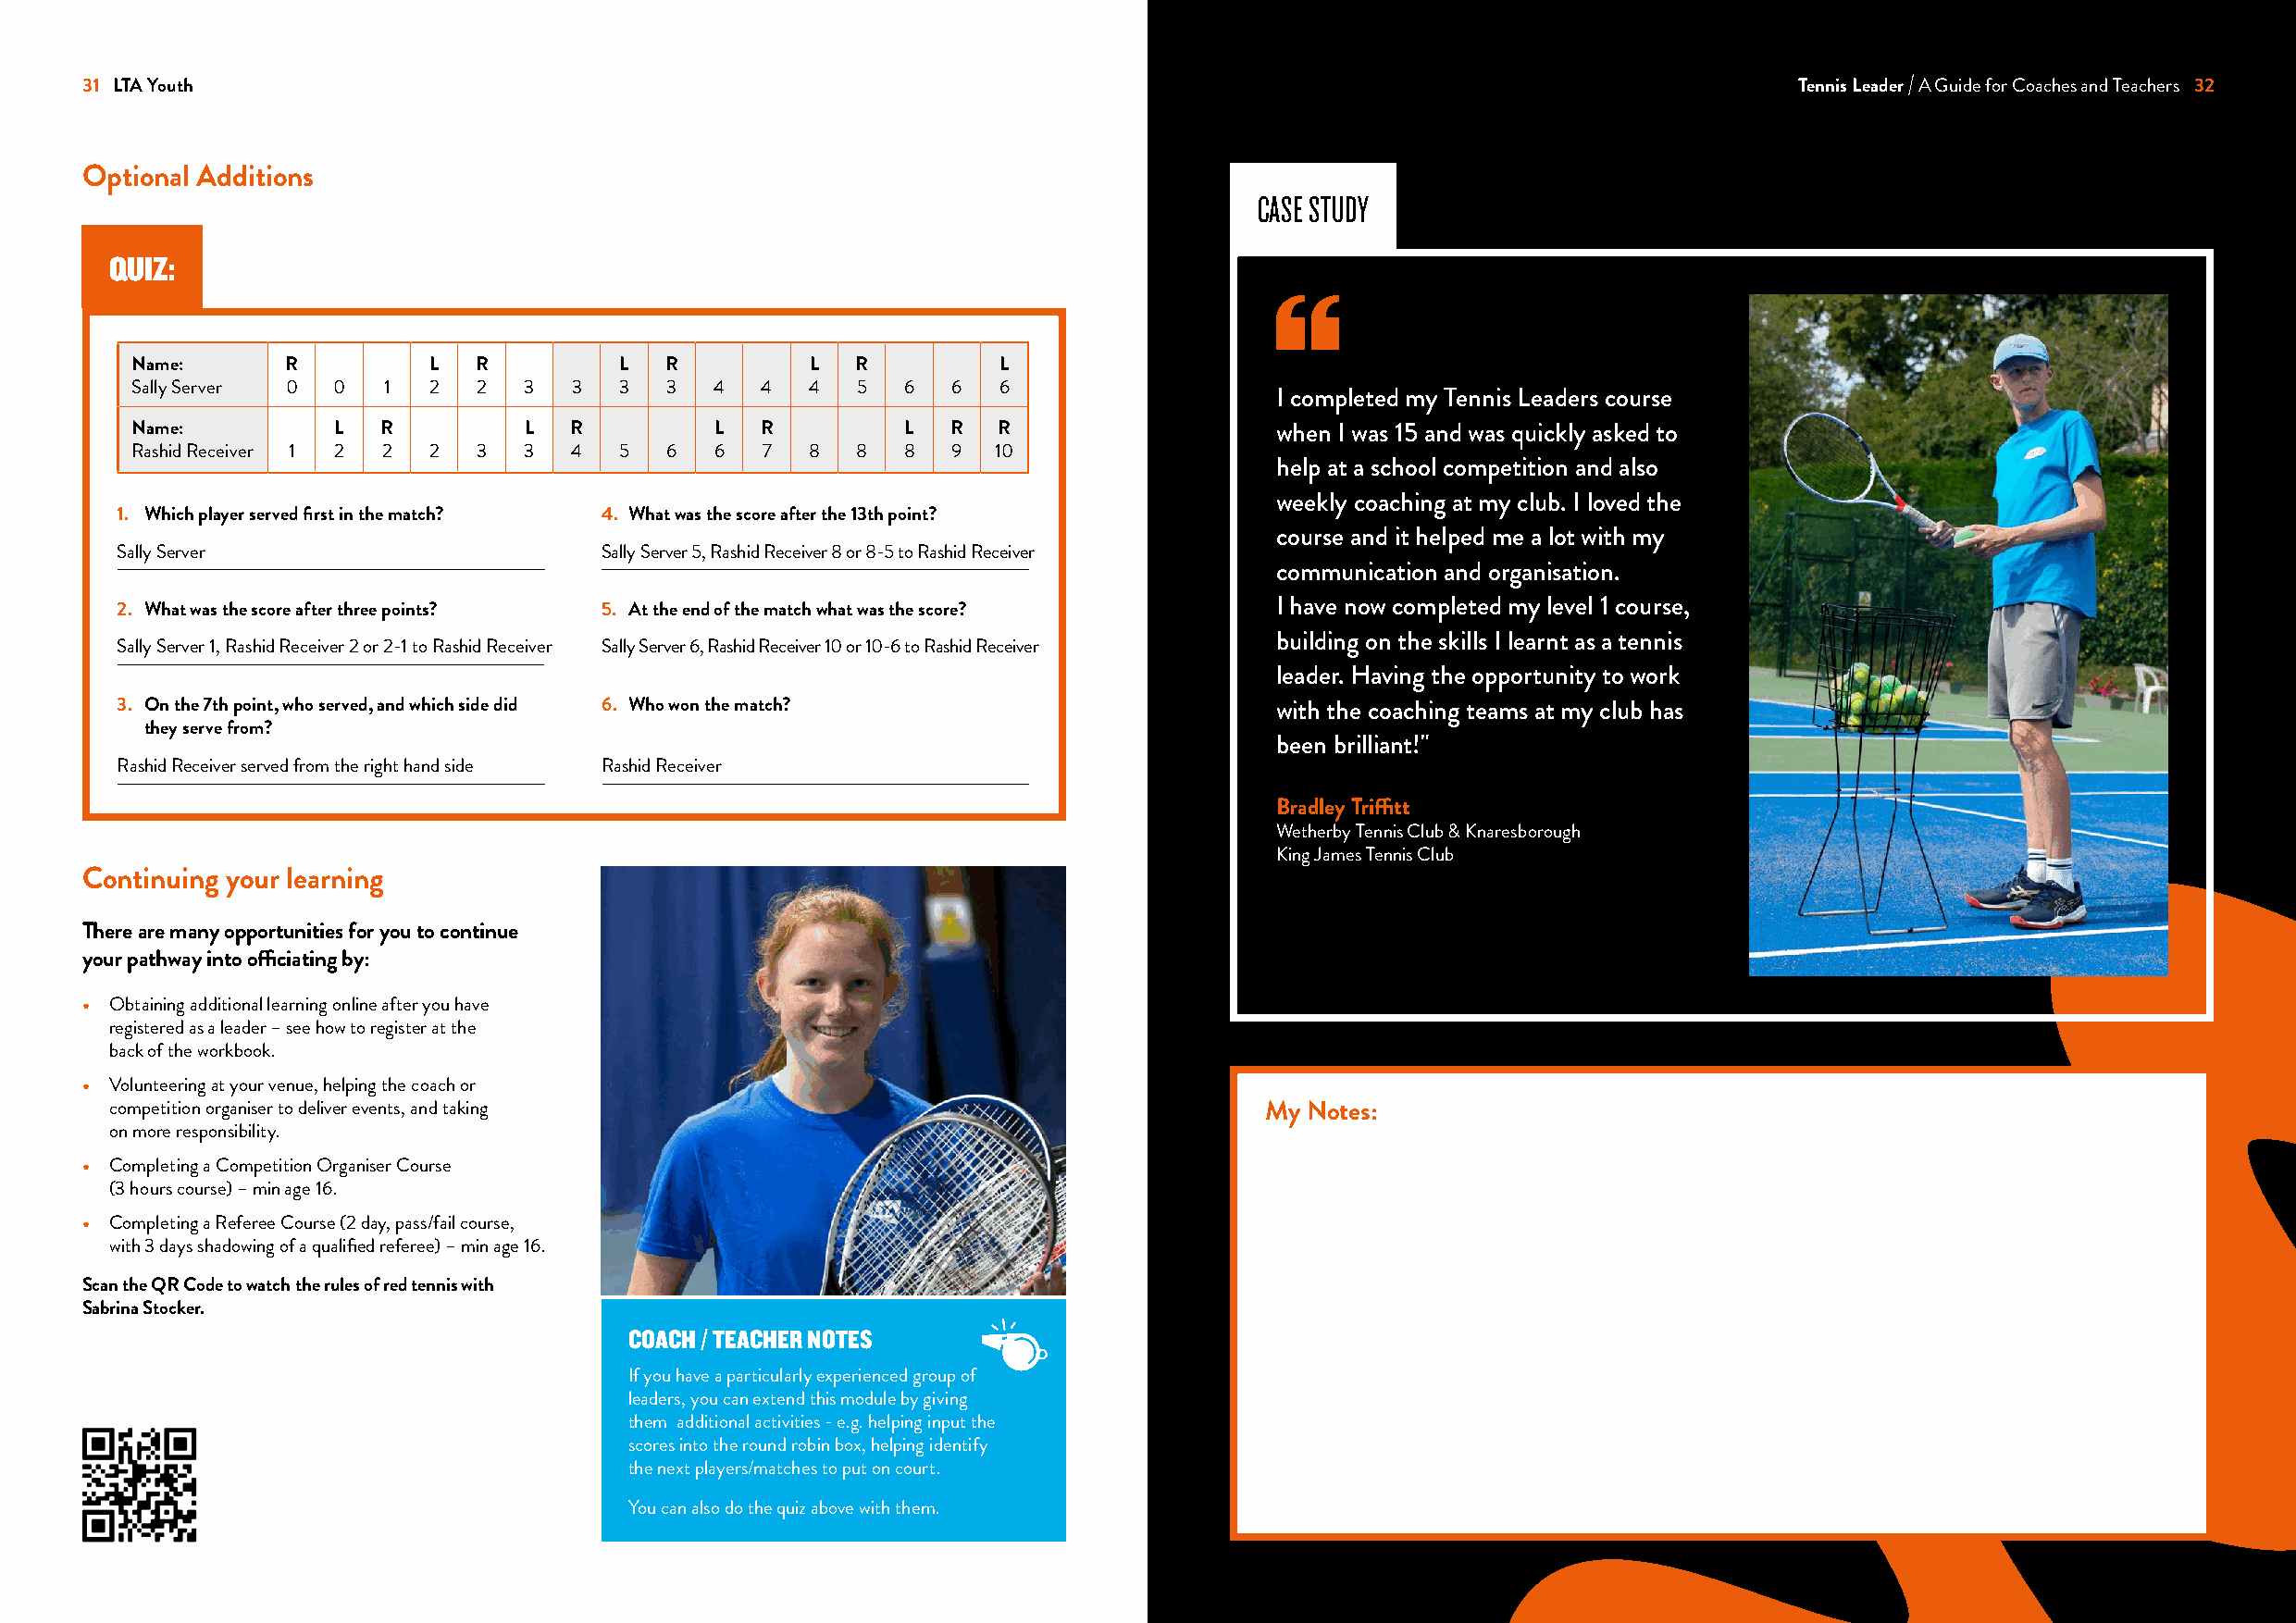
31 LTA Youth                                                                                                               Tennis Leader A Guide for Coaches and Teachers 32
 Optional Additions
 CASE STUDY
 QUIZ:
 Name:      R          L  R         L   R         L  R         L
 Sally Server 0 0  1   2  2  3   3  3   3  4  4   4  5   6  6  6
 I completed my Tennis Leaders course
 Name:          L  R          L  R         L  R          L  R  R                   when I was 15 and was quickly asked to
 Rashid Receiver 1 2 2 2  3  3   4  5   6  6   7  8  8   8  9  10
 help at a school competition and also
 weekly coaching at my club. I loved the
 1. Which player served first in the match? 4. What was the score after the 13th point?
 course and it helped me a lot with my
 Sally Server                       Sally Server 5, Rashid Receiver 8 or 8-5 to Rashid Receiver
 communication and organisation.
 2. What was the score after three points? 5. At the end of the match what was the score? I have now completed my level 1 course,
 building on the skills I learnt as a tennis
 Sally Server 1, Rashid Receiver 2 or 2-1 to Rashid Receiver Sally Server 6, Rashid Receiver 10 or 10-6 to Rashid Receiver
 leader. Having the opportunity to work
 3. On the 7th point, who served, and which side did 6. Who won the match?          with the coaching teams at my club has
 they serve from?
 been brilliant!"
 Rashid Receiver served from the right hand side Rashid Receiver
 Bradley Triffitt
 Wetherby Tennis Club & Knaresborough
 King James Tennis Club
 Continuing your learning
 There are many opportunities for you to continue
 your pathway into officiating by:
 • Obtaining additional learning online after you have
 registered as a leader – see how to register at the
 back of the workbook.
 • Volunteering at your venue, helping the coach or
 competition organiser to deliver events, and taking                               My Notes:
 on more responsibility.
 • Completing a Competition Organiser Course
 (3 hours course) – min age 16.
 • Completing a Referee Course (2 day, pass/fail course,
 with 3 days shadowing of a qualified referee) – min age 16.
 Scan the QR Code to watch the rules of red tennis with
 Sabrina Stocker.
 COACH / TEACHER NOTES
 If you have a particularly experienced group of
 leaders, you can extend this module by giving
 them additional activities - e.g. helping input the
 scores into the round robin box, helping identify
 the next players/matches to put on court.
 You can also do the quiz above with them.